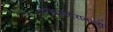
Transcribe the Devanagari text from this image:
कलामंदिरातल्या